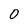
Character: 0